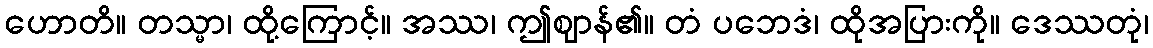
ဟောတိ။ တသ္မာ၊ ထို့ကြောင့်။ အဿ၊ ဤဈာန်၏။ တံ ပဘေဒံ၊ ထိုအပြားကို။ ဒေဿတုံ၊